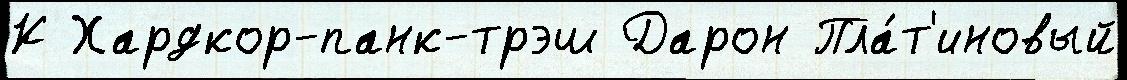
К Хардкор-панк-трэш Дарон Пла́т'иновый